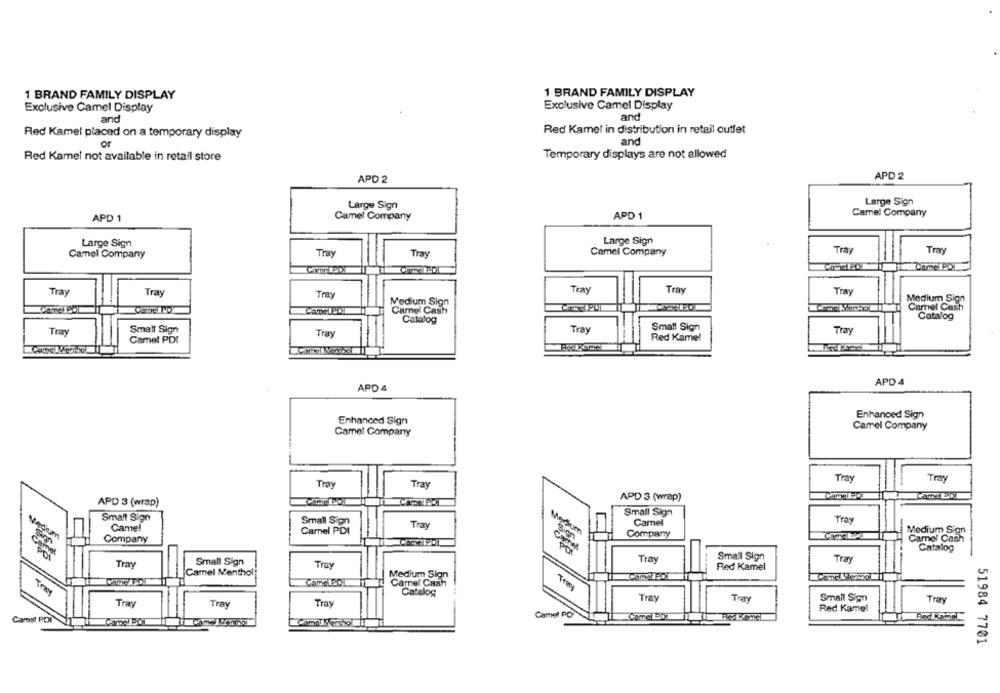
1 BRAND FAMILY DISPLAY
1 BRAND FAMILY DISPLAY
Exclusive Camel Display
Exclusive Camel Display
and
anc
Red Kamel in distribution in retail outlet
Red Kamel placed on a temporary display
or
and
Red Kamel not available in retail store
Temporary displays are not allowed
APD 2
APD 2
Large Sign
Large Sign
Camel Company
APD 1
Camel Company
APD 1
Large Sign
Large Sign
Tray
Camel Company
Tray
Tray
Camel Company
Tray
Tray
Tray
Tray
Tray
Tray
Tray
Medium Sign
Medium Sign
Camel Cash
Camel Cash
Catalog
Catalog
Tray
Small Sign
Tray
Small Sign
Tray
Camel PDI
Tray
Red Kamel
APD 4
APD 4
Enhanced Sign
Enhanced Sign
Camel Company
Camel Company
Tray
Tray
Tray
Tray
APD 3 (wrap)
APD 3 (wrap)
Small Sign
Small Sign
Tray
Small Sign
Tray
Camel
Camel
Camel PDI
Company
Medium Sign
Company
Camel Cash
Catalog
Small Sign
Tray
Small Sign
Tray
Tray
Troy
Red Kamel
Camel Menthol
CameLEO
Medium Sign
Camel Cash
Tray
Tray
Catelog
Tray
Tray
Tray
Tray
Tray
Small Sign
Tray
Red Kamel
Camel PO
Carol P
51984 7701